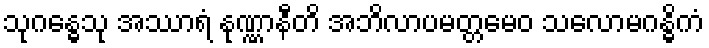
သုဂန္ဓေသု အဿာရံ နုဏ္ဏာနီတိ အဘိလာပမတ္တမေဝ သလောမဂန္ဓိကံ